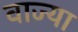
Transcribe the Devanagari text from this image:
वाज्या